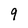
Character: 9